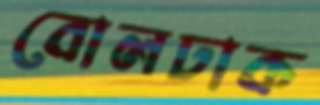
বোলঢাক